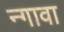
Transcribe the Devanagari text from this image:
न्गावा